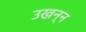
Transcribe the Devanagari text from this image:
उखन्न